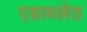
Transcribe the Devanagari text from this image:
एडावलेठ